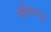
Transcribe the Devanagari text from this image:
गोविन्‍दपुर